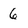
Character: 6